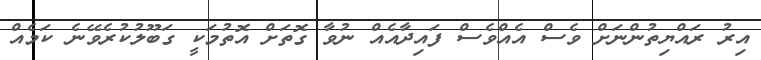
އިރު ރައްޔިތުންނަށް ވެސް އެއްވެސް ފައިދާއެއް ނުވާ ގޮތަށް އޮތުމަކީ ގަބޫލުކުރެވޭނެ ކަމެއް